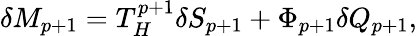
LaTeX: \delta M_{p+1}=T_{H}^{p+1}\delta S_{p+1}+\Phi_{p+1}\delta Q_{p+1},